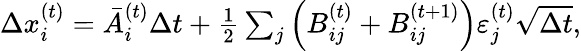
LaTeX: \begin{array}{r}{\Delta x_{i}^{(t)}=\bar{A}_{i}^{(t)}\Delta t+\frac{1}{2}\sum_{j}\left(B_{ij}^{(t)}+B_{ij}^{(t+1)}\right)\varepsilon_{j}^{(t)}\sqrt{\Delta t},}\end{array}